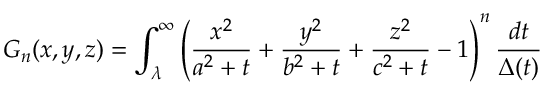
G _ { n } ( x , y , z ) = \int _ { \lambda } ^ { \infty } \left( \frac { x ^ { 2 } } { a ^ { 2 } + t } + \frac { y ^ { 2 } } { b ^ { 2 } + t } + \frac { z ^ { 2 } } { c ^ { 2 } + t } - 1 \right) ^ { n } \frac { d t } { \Delta ( t ) }